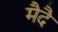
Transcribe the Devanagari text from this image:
मैदै